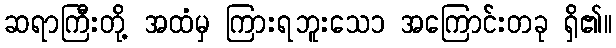
ဆရာကြီးတို့ အထံမှ ကြားရဘူးသေ၁ အကြောင်းတခု ရှိ၏။